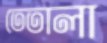
তেতালা